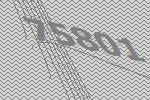
75801